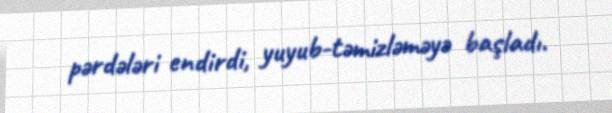
pərdələri endirdi, yuyub-təmizləməyə başladı.